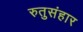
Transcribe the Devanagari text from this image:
रुतुसंहार